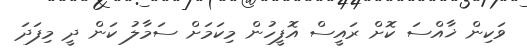
ވަކިން ޚާއްސަ ކޮށް ރައީސް އޮފީހުން މިކަމަށް ސަމާލު ކަން ދީ މިފަދަ